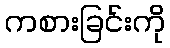
ကစားခြင်းကို